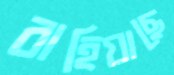
বাহিয়াছে